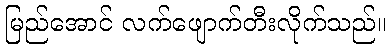
မြည်အောင် လက်ဖျောက်တီးလိုက်သည်။